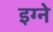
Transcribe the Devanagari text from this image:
इग्ने